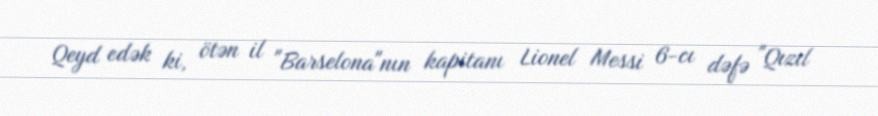
Qeyd edək ki, ötən il "Barselona"nın kapitanı Lionel Messi 6-cı dəfə "Qızıl